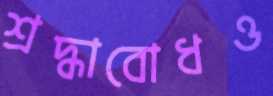
শ্রদ্ধাবোধও